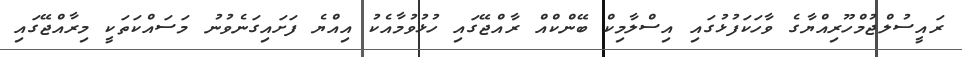
ރައީސުލްޖުމްހޫރިއްޔާގެ ވާހަކަފުޅުގައި އިސްލާމިކް ބޭންކްއް ރާއްޖޭގައި ހުޅުވުމާއެކު އިއްޔެ ފަށައިގަނެވުނު މަސައްކަތަކީ މިރާއްޖޭގައި